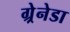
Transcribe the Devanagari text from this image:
ग्र्रेनेडा